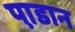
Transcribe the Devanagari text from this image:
पा़डान